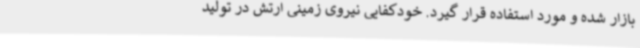
بازار شده و مورد استفاده قرار گیرد. خودکفایی نیروی زمینی ارتش در تولید